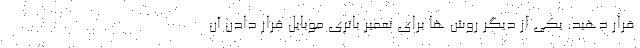
قرار دهید. یکی از دیگر روش ها برای تعمیر باتری موبایل قرار دادن آن